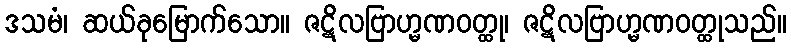
ဒသမံ၊ ဆယ်ခုမြောက်သော။ ဇဋိလဗြာဟ္မဏဝတ္ထု၊ ဇဋိလဗြာဟ္မဏဝတ္ထုသည်။